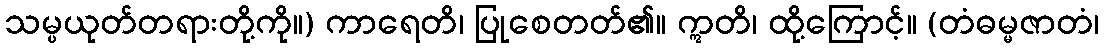
သမ္ပယုတ်တရားတို့ကို။) ကာရေတိ၊ ပြုစေတတ်၏။ ဣတိ၊ ထို့ကြောင့်။ (တံဓမ္မဇာတံ၊